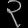
Digit: ၃